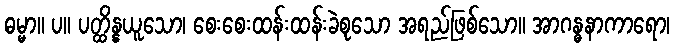
ဓမ္မာ။ ပ။ ပတ္ထိန္နယူသော၊ စေးစေးထန်းထန်းခဲစုသော အရည်ဖြစ်သော။ အာဂန္ဓနာကာရော၊